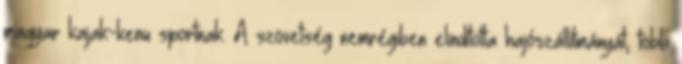
magyar kajak-kenu sportnak. A szövetség nemrégiben elindította hajószállítmányát, több